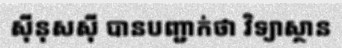
ស៊ីនុសស៊ី បានបញ្ជាក់ថា វិទ្យាស្ថាន